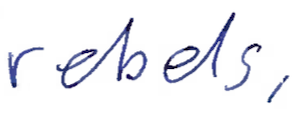
Text: rebels,
Cross-out: clean
Writing tool: ballpoint